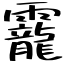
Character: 靇